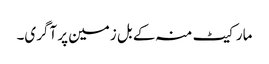
مارکیٹ منہ کے بل زمین پر آگری۔